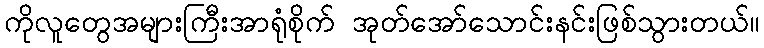
ကိုလူတွေအများကြီးအာရုံစိုက် အုတ်အော်သောင်းနင်းဖြစ်သွားတယ်။